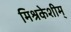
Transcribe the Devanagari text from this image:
मिश्रकेशीम्